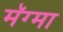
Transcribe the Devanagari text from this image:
मॅग्मा